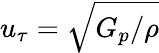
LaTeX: u_{\tau}=\sqrt{G_{p}/\rho}